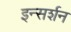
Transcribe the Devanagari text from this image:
इन्सर्शन